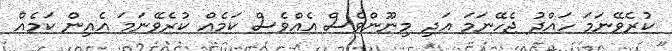
ކުރެވޭނަމަ ހައްދު ޖެހޭނަމަ އަދި މިނޫންވެސް އެއްވެސް ކަމެއް ކުރެވޭނަމަ އެއިން ކަމެއް